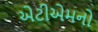
એટીએમનો